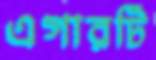
এগারটি